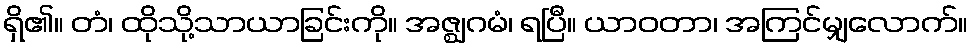
ရှိ၏။ တံ၊ ထိုသို့သာယာခြင်းကို။ အဇ္ဈဂမံ၊ ရပြီ။ ယာဝတာ၊ အကြင်မျှလောက်။